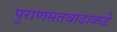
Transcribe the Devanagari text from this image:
पुराणमतवादाकडे